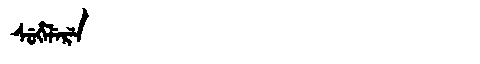
Manchu: ᠰᡠᡥᡝᠯᡝᡵᡝ
Romanization: SUHELERE